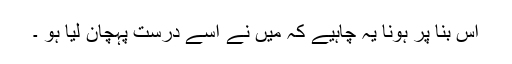
اس بنا پر ہونا یہ چاہیے کہ میں نے اُسے درست پہچان لیا ہو ۔